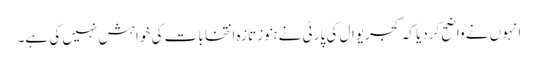
انہوں نے واضح کردیا کہ کجریوال کی پارٹی نے ہنوز تازہ انتخابات کی خواہش نہیں کی ہے۔